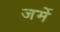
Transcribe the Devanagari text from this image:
जर्मे